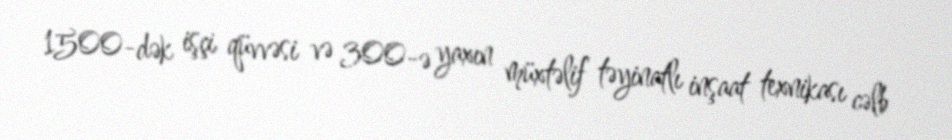
1500-dək işçi qüvvəsi və 300-ə yaxın müxtəlif təyinatlı inşaat texnikası cəlb